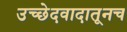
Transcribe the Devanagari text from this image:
उच्छेदवादातूनच